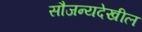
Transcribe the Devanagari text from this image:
सौजन्यदेखील